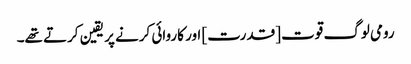
رومی لوگ قوت [قدرت] اور کاروائی کرنے پر یقین کرتے تھے۔